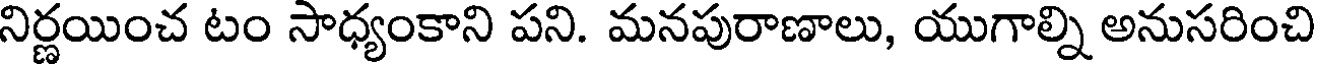
నిర్ణయించ టం సాధ్యంకాని పని. మనపురాణాలు, యుగాల్ని అనుసరించి